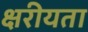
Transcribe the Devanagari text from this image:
क्षरीयता